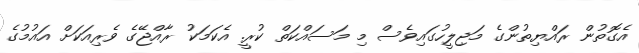
އެގޮތުން ރައްޔިތުންގެ މަޖިލީހުގައިވެސް މި މަސައްކަތް ކުރީ. އެކަމަކު ރާއްޖޭގެ ވެރިއަކަށް އައުމުގެ